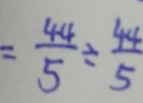
= \frac { 4 4 } { 5 } \div \frac { 4 4 } { 5 }